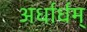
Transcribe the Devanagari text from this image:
अर्धार्धम्